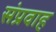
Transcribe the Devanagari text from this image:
संप्रवाह